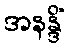
အနန္ဒိံ